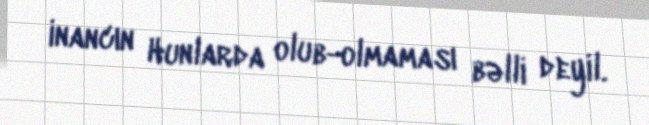
inancın Hunlarda olub-olmaması bəlli deyil.